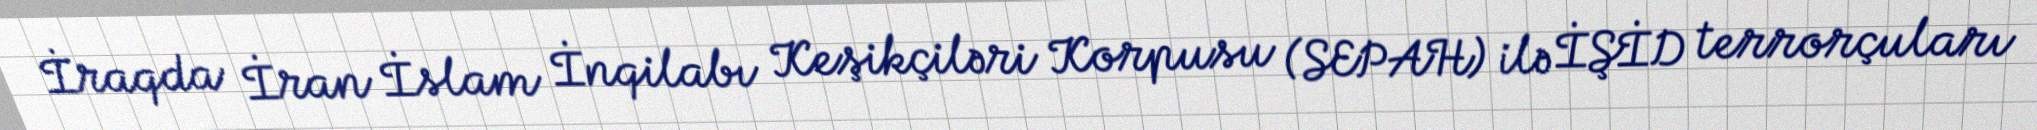
İraqda İran İslam İnqilabı Keşikçiləri Korpusu (SEPAH) ilə İŞİD terrorçuları